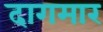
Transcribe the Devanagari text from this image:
दागमार